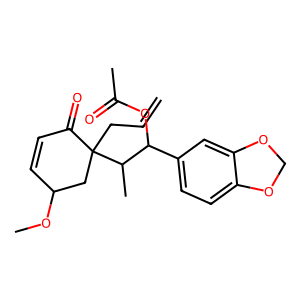
SMILES: C=CCC1(C(C)C(OC(C)=O)c2ccc3c(c2)OCO3)CC(OC)C=CC1=O
Inhibits HIV replication: No